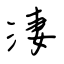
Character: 淒